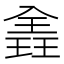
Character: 𪼈